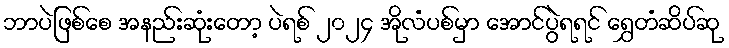
ဘာပဲဖြစ်စေ အနည်းဆုံးတော့ ပဲရစ် ၂၀၂၄ အိုလံပစ်မှာ အောင်ပွဲရရင် ရွှေတံဆိပ်ဆု